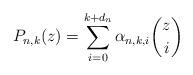
LaTeX: \begin{align*}P_{n,k}(z)=\sum_{i=0}^{k+d_n} \alpha_{n,k,i}\binom{z}{i}\end{align*}